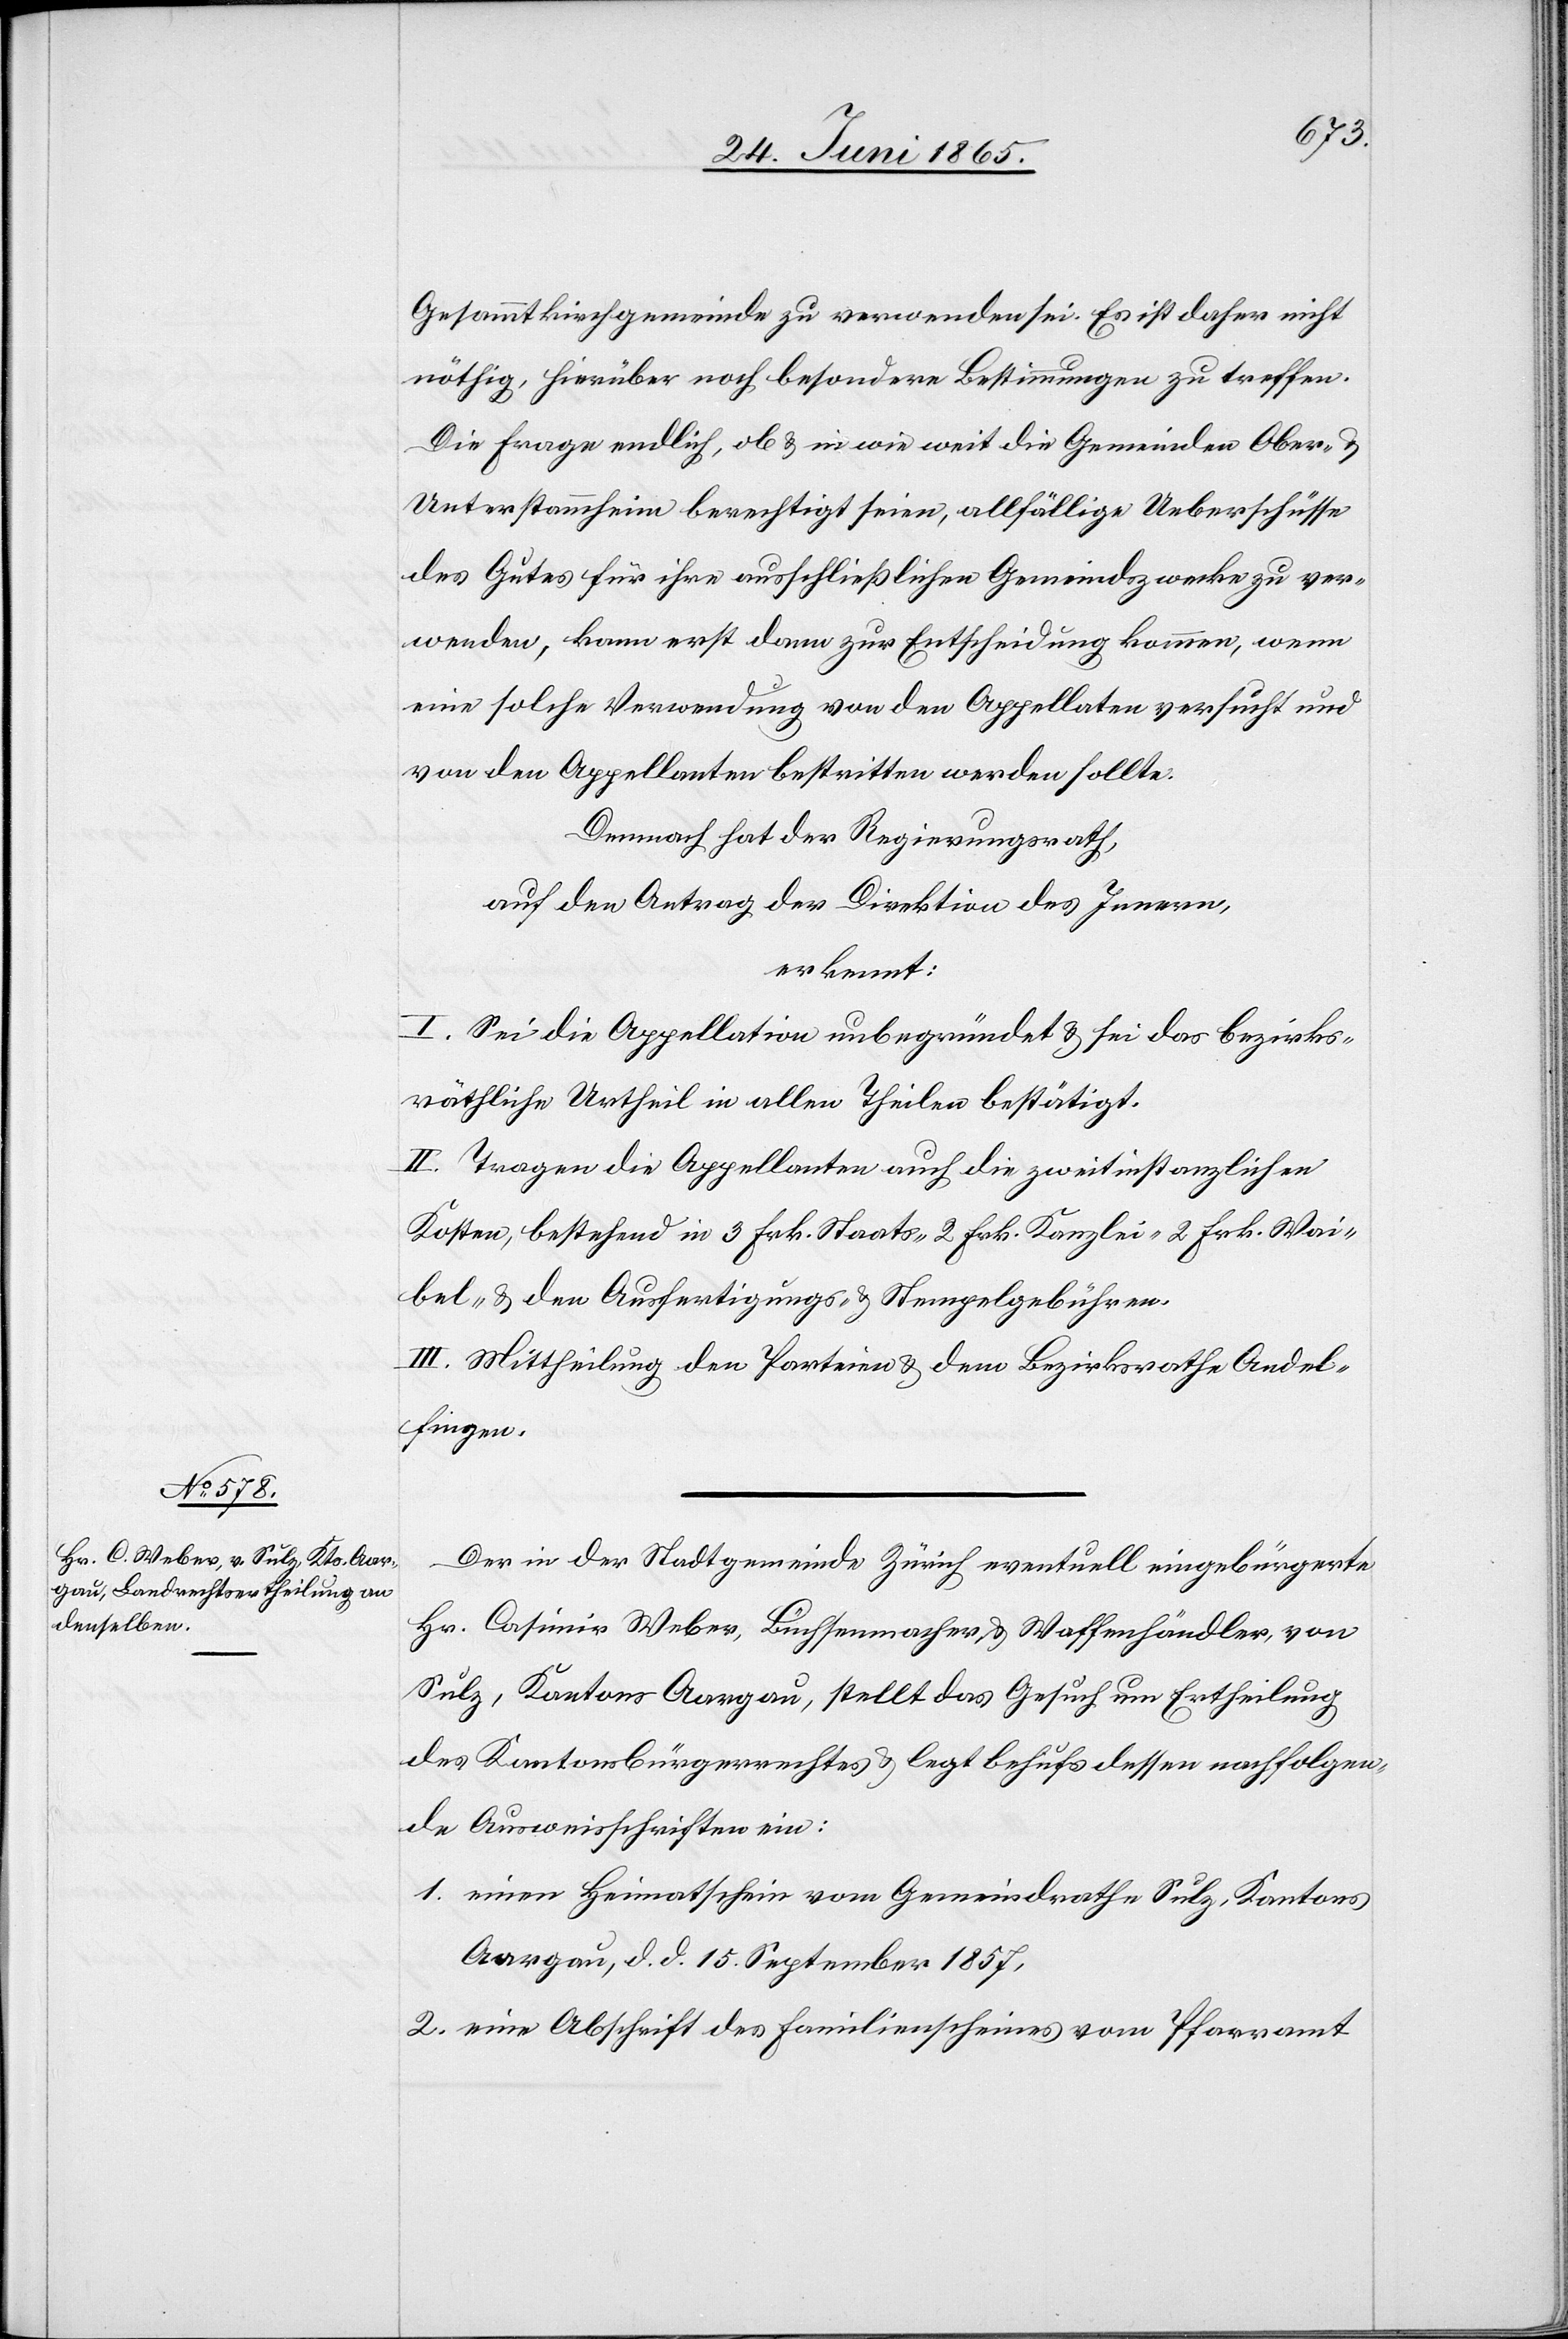
Gesammtkirchgemeinde zu verwenden sei. Es ist daher nicht
nöthig, hierüber noch besondere Bestimmungen zu treffen.
Die Frage endlich, ob & in wie weit die Gemeinden Ober-
Unterstammheim berechtigt seien, allfällige Ueberschüsse
des Gutes für ihre ausschließlichen Gemeindszwecke zu ver¬
wenden, kann erst dann zur Entscheidung kommen, wenn
eine solche Verwendung von den Appellaten versucht und
von den Appellanten bestritten werden sollte.
Demnach hat der Regierungsrath,
auf den Antrag der Direktion des Innern,
erkennt:
I. Sei die Appellation unbegründet & sei das bezirks¬
räthliche Urtheil in allen Theilen bestätigt.
II. Tragen die Appellanten auch die zweitinstanzlichen
Kosten, bestehend in 3 Frk. Staats-[,] 2 Frk. Kanzlei-[,] 2 Frk. Wai¬
bel- & den Ausfertigung- & Stempelgebühren.
III. Mittheilung den Parteien & dem Bezirksrathe Andel¬
fingen.
Der in der Stadtgemeinde Zürich eventuell eingebürgerte
Hr. Casimir Weber, Büchsenmacher & Waffenhändler, von
Sulz, Kantons Aargau, stellt das Gesuch um Ertheilung
des Kantonsbürgerrechtes & legt behufs dessen nachfolgen¬
de Ausweisschriften ein:
1. einen Heimatschein vom Gemeindrathe Sulz, Kantons
Aargau, d. d. 15. September 1857,
2. eine Abschrift des Familienscheines vom Pfarramt